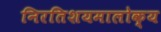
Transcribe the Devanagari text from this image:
निरतिशयमालोक्य